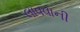
લાવવાની